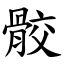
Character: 骹